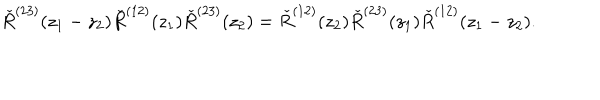
\check { R } ^ { ( 2 3 ) } ( z _ { 1 } - z _ { 2 } ) \check { R } ^ { ( 1 2 ) } ( z _ { 1 } ) \check { R } ^ { ( 2 3 ) } ( z _ { 2 } ) = \check { R } ^ { ( 1 2 ) } ( z _ { 2 } ) \check { R } ^ { ( 2 3 ) } ( z _ { 1 } ) \check { R } ^ { ( 1 2 ) } ( z _ { 1 } - z _ { 2 } ) .